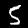
Digit: 5